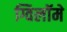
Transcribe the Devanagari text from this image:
ग्विलॉमे